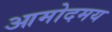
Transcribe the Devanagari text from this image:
आमोदमय